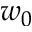
w _ { 0 }